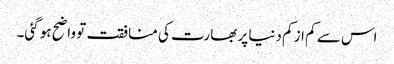
اس سے کم از کم دنیا پر بھارت کی منافقت تو واضح ہو گئی۔